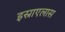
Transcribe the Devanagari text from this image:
इस्राएलास